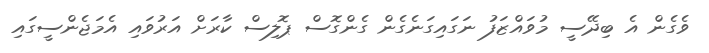
ވެގެން އެ ބިދޭސީ މުވައްޒަފު ނަގައިގަނެގެން ގެންގޮސް ޕޮލިސް ކާރަށް އަރުވައި އެމަޖެންސީގައި